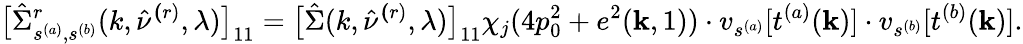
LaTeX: \big[\hat{\Sigma}_{s^{(a)},s^{(b)}}^{r}(k,\hat{\nu}^{\le(r)},\lambda)\big]_{11}=\big[\hat{\Sigma}(k,\hat{\nu}^{\le(r)},\lambda)\big]_{11}\chi_{j}(4p_{0}^{2}+e^{2}({\mathbf k},1))\cdot v_{s^{(a)}}[t^{(a)}({\mathbf k})]\cdot v_{s^{(b)}}[t^{(b)}({\mathbf k})].